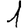
Digit: 1